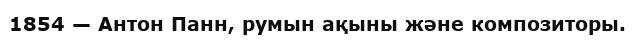
1854 — Антон Панн, румын ақыны және композиторы.